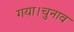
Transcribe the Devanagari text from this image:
गया।चुनाव